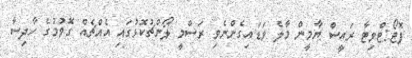
ފޮޓޯ:ޓްވިޓާ ރައީސް ޔާމީން މާލެ ވަޑައިގެންނެވި ރަސްމީ ލޯންޗުކޮޅުގައި އެއްޗެއް ގޮވުމުގެ ހާދިސާ